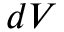
d V